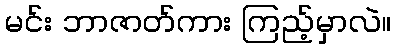
မင်း ဘာဇာတ်ကား ကြည့်မှာလဲ။